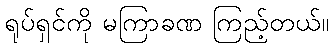
ရုပ်ရှင်ကို မကြာခဏ ကြည့်တယ်။